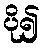
ပို၍